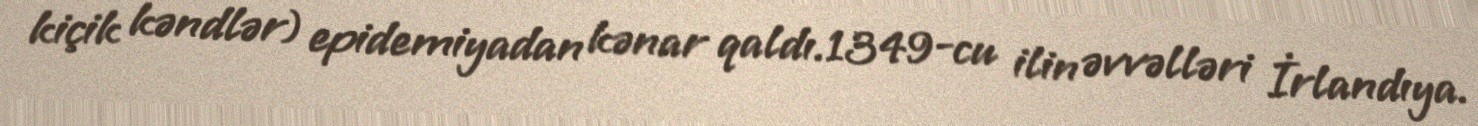
kiçik kəndlər) epidemiyadan kənar qaldı.1349-cu ilin əvvəlləri İrlandıya.